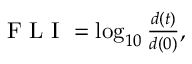
\begin{array} { r } { \textrm { F L I } = \log _ { 1 0 } \frac { d ( t ) } { d ( 0 ) } , } \end{array}